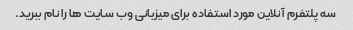
سه پلتفرم آنلاین مورد استفاده برای میزبانی وب سایت ها را نام ببرید.